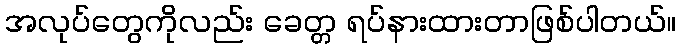
အလုပ်တွေကိုလည်း ခေတ္တ ရပ်နားထားတာဖြစ်ပါတယ်။